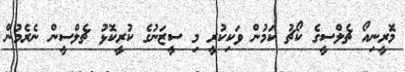
މޮރީނިއޯ ޗެލްސީގެ ކޯޗު ކަމުން ވަކިކުރީ މި ސީޒަނުގެ ކުރީކޮޅު ޗެލްސީން ނެރެމުން